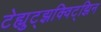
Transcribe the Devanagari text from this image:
टेह्युट्झक्विट्झिन